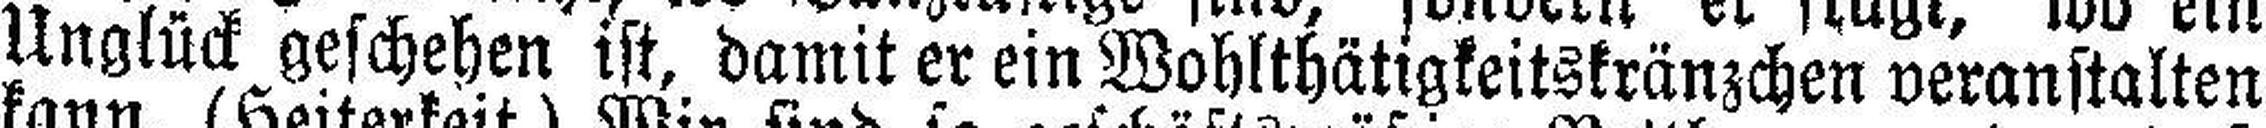
Unglück geschehen ist, damit er ein Wohlthätigkeitskränzchen veranstalten